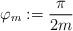
LaTeX: \begin{align*} \varphi_m := \frac{\pi}{2 m} \end{align*}